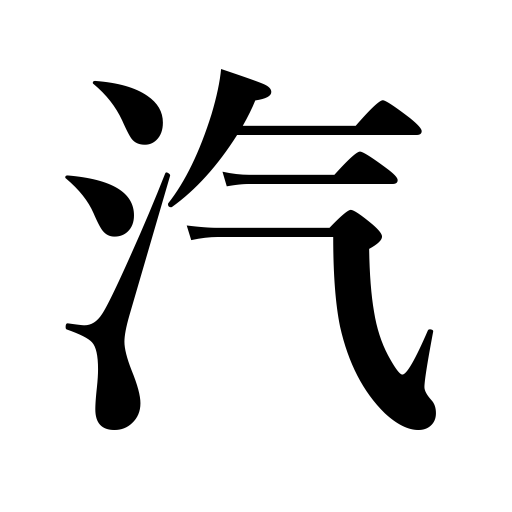
Meanings: steam,vapor